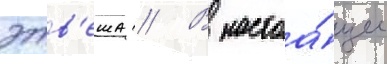
этв'еша // В настоа́щее